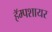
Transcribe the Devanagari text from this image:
हॅम्पशायर